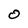
Character: 0